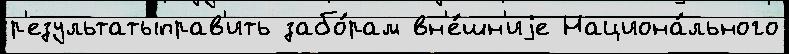
р'езультатыправ'ить забо́рам вн'е́шн'иjе Национа́льного